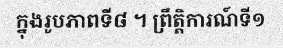
ក្នុងរូបភាពទី៨ ។ ព្រឹត្តិការណ៍ទី១